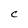
Character: C